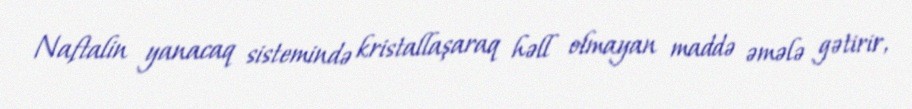
Naftalin yanacaq sistemində kristallaşaraq həll olmayan maddə əmələ gətirir,